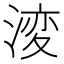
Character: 𭱝